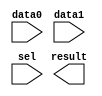
// megafunction wizard: %LPM_MUX%VBB%
// GENERATION: STANDARD
// VERSION: WM1.0
// MODULE: LPM_MUX 

// ============================================================
// Megafunction Name(s):
// 			LPM_MUX
//
// Simulation Library Files(s):
// 			lpm
// ============================================================
// ************************************************************
// THIS IS A WIZARD-GENERATED FILE. DO NOT EDIT THIS FILE!
//
// 18.1.0 Build 625 09/12/2018 SJ Lite Edition
// ************************************************************

//Copyright (C) 2018  Intel Corporation. All rights reserved.
//Your use of Intel Corporation's design tools, logic functions 
//and other software and tools, and its AMPP partner logic 
//functions, and any output files from any of the foregoing 
//(including device programming or simulation files), and any 
//associated documentation or information are expressly subject 
//to the terms and conditions of the Intel Program License 
//Subscription Agreement, the Intel Quartus Prime License Agreement,
//the Intel FPGA IP License Agreement, or other applicable license
//agreement, including, without limitation, that your use is for
//the sole purpose of programming logic devices manufactured by
//Intel and sold by Intel or its authorized distributors.  Please
//refer to the applicable agreement for further details.

module branch_mux (
	data0,
	data1,
	sel,
	result);

	input	  data0;
	input	  data1;
	input	  sel;
	output	  result;

endmodule

// ============================================================
// CNX file retrieval info
// ============================================================
// Retrieval info: PRIVATE: INTENDED_DEVICE_FAMILY STRING "Cyclone V"
// Retrieval info: PRIVATE: SYNTH_WRAPPER_GEN_POSTFIX STRING "0"
// Retrieval info: PRIVATE: new_diagram STRING "1"
// Retrieval info: LIBRARY: lpm lpm.lpm_components.all
// Retrieval info: CONSTANT: LPM_SIZE NUMERIC "2"
// Retrieval info: CONSTANT: LPM_TYPE STRING "LPM_MUX"
// Retrieval info: CONSTANT: LPM_WIDTH NUMERIC "1"
// Retrieval info: CONSTANT: LPM_WIDTHS NUMERIC "1"
// Retrieval info: USED_PORT: data0 0 0 0 0 INPUT NODEFVAL "data0"
// Retrieval info: USED_PORT: data1 0 0 0 0 INPUT NODEFVAL "data1"
// Retrieval info: USED_PORT: result 0 0 0 0 OUTPUT NODEFVAL "result"
// Retrieval info: USED_PORT: sel 0 0 0 0 INPUT NODEFVAL "sel"
// Retrieval info: CONNECT: @data 0 0 1 0 data0 0 0 0 0
// Retrieval info: CONNECT: @data 0 0 1 1 data1 0 0 0 0
// Retrieval info: CONNECT: @sel 0 0 1 0 sel 0 0 0 0
// Retrieval info: CONNECT: result 0 0 0 0 @result 0 0 1 0
// Retrieval info: GEN_FILE: TYPE_NORMAL branch_mux.v TRUE
// Retrieval info: GEN_FILE: TYPE_NORMAL branch_mux.inc FALSE
// Retrieval info: GEN_FILE: TYPE_NORMAL branch_mux.cmp FALSE
// Retrieval info: GEN_FILE: TYPE_NORMAL branch_mux.bsf TRUE
// Retrieval info: GEN_FILE: TYPE_NORMAL branch_mux_inst.v FALSE
// Retrieval info: GEN_FILE: TYPE_NORMAL branch_mux_bb.v TRUE
// Retrieval info: LIB_FILE: lpm